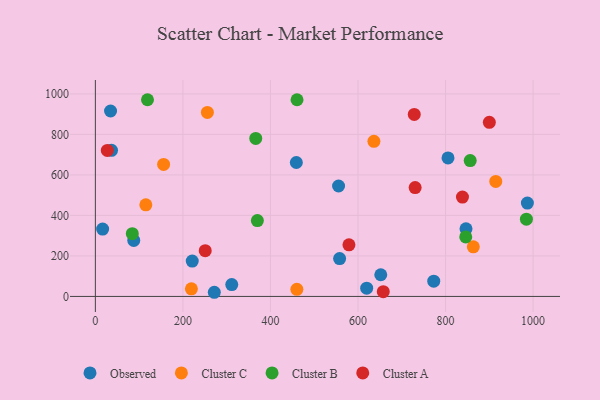
{"axis": {"x": "Investment", "y": "Fuel Efficiency"}, "legend": ["Cluster A", "Cluster B", "Cluster C", "Observed"], "data": [{"x": "846.7", "y": 333.6, "type": "Observed"}, {"x": "311.6", "y": 58.6, "type": "Observed"}, {"x": "221.3", "y": 174.6, "type": "Observed"}, {"x": "271.7", "y": 20.5, "type": "Observed"}, {"x": "558.0", "y": 187.0, "type": "Observed"}, {"x": "986.9", "y": 461.0, "type": "Observed"}, {"x": "34.7", "y": 915.6, "type": "Observed"}, {"x": "16.6", "y": 332.7, "type": "Observed"}, {"x": "805.6", "y": 684.2, "type": "Observed"}, {"x": "773.0", "y": 75.3, "type": "Observed"}, {"x": "87.7", "y": 276.8, "type": "Observed"}, {"x": "619.8", "y": 40.7, "type": "Observed"}, {"x": "36.9", "y": 721.5, "type": "Observed"}, {"x": "555.6", "y": 545.3, "type": "Observed"}, {"x": "652.0", "y": 107.1, "type": "Observed"}, {"x": "459.1", "y": 661.5, "type": "Observed"}, {"x": "115.3", "y": 452.3, "type": "Cluster C"}, {"x": "255.9", "y": 908.8, "type": "Cluster C"}, {"x": "460.3", "y": 34.9, "type": "Cluster C"}, {"x": "636.3", "y": 766.0, "type": "Cluster C"}, {"x": "914.7", "y": 568.1, "type": "Cluster C"}, {"x": "219.4", "y": 37.4, "type": "Cluster C"}, {"x": "155.9", "y": 652.1, "type": "Cluster C"}, {"x": "863.4", "y": 244.8, "type": "Cluster C"}, {"x": "366.4", "y": 780.2, "type": "Cluster B"}, {"x": "460.7", "y": 971.4, "type": "Cluster B"}, {"x": "846.1", "y": 293.7, "type": "Cluster B"}, {"x": "370.1", "y": 374.6, "type": "Cluster B"}, {"x": "84.4", "y": 309.7, "type": "Cluster B"}, {"x": "984.7", "y": 381.7, "type": "Cluster B"}, {"x": "119.1", "y": 971.4, "type": "Cluster B"}, {"x": "856.3", "y": 670.7, "type": "Cluster B"}, {"x": "27.3", "y": 721.2, "type": "Cluster A"}, {"x": "728.5", "y": 898.8, "type": "Cluster A"}, {"x": "657.7", "y": 23.3, "type": "Cluster A"}, {"x": "730.5", "y": 537.4, "type": "Cluster A"}, {"x": "900.0", "y": 859.8, "type": "Cluster A"}, {"x": "838.6", "y": 490.8, "type": "Cluster A"}, {"x": "579.3", "y": 254.6, "type": "Cluster A"}, {"x": "251.0", "y": 225.9, "type": "Cluster A"}]}